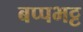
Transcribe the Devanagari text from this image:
बप्पभट्ट